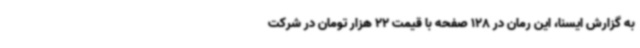
به گزارش ایسنا، این رمان در 128 صفحه با قیمت 22 هزار تومان در شرکت